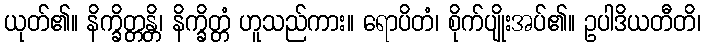
ယုတ်၏။ နိက္ခိတ္တန္တိ၊ နိက္ခိတ္တံ ဟူသည်ကား။ ရောပိတံ၊ စိုက်ပျိုးအပ်၏။ ဥပါဒိယတီတိ၊